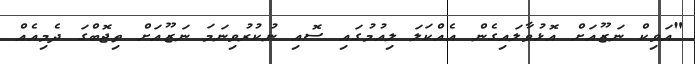
"އަވިކް ނަޒޫއަށް އޮޅުވާލައިގެން އެއްކަލަ ލިއުމުގައި ސޮއި ނުކުރުވިނަމަ ނަޒޫއަށް ތިޖޮބްގަ ދެމިއެއް